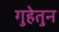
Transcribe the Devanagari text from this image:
गुहेतुन